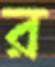
র‍